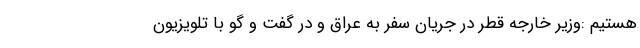
هستیم :وزیر خارجه قطر در جریان سفر به عراق و در گفت و گو با تلویزیون